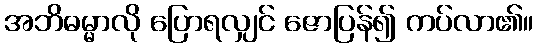
အဘိဓမ္မာလို ပြောရလျှင် ဇောပြန်၍ ကပ်လာ၏။